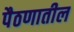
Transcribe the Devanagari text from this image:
पैठणातील